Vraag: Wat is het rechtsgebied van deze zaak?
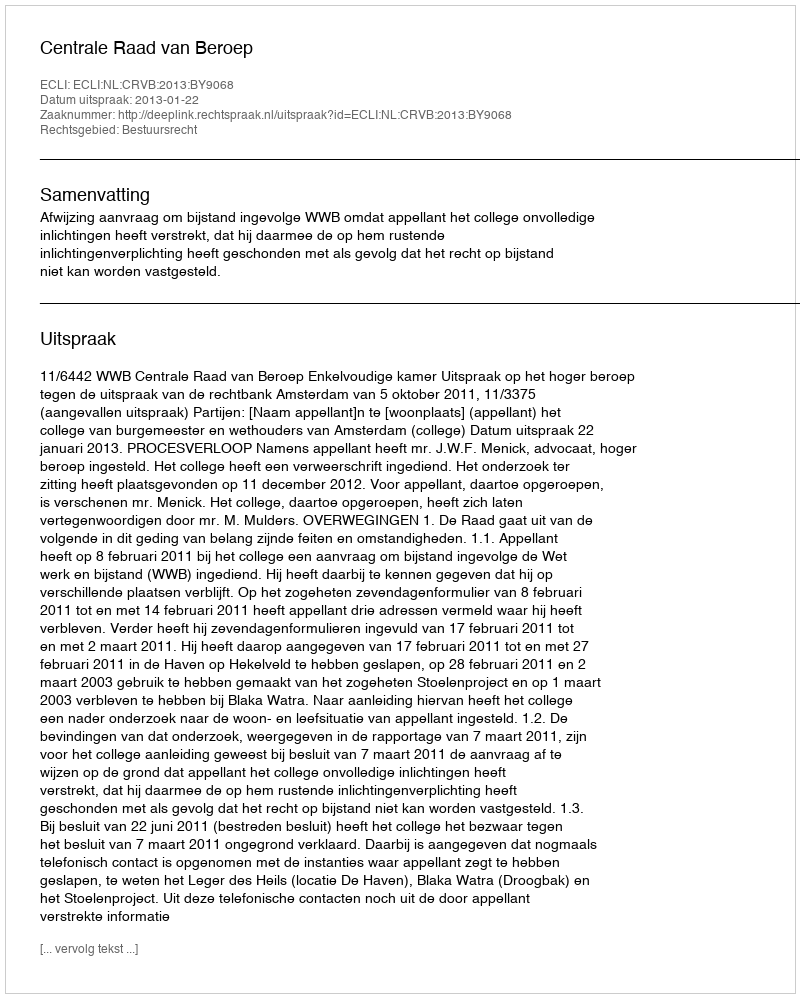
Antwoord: Bestuursrecht